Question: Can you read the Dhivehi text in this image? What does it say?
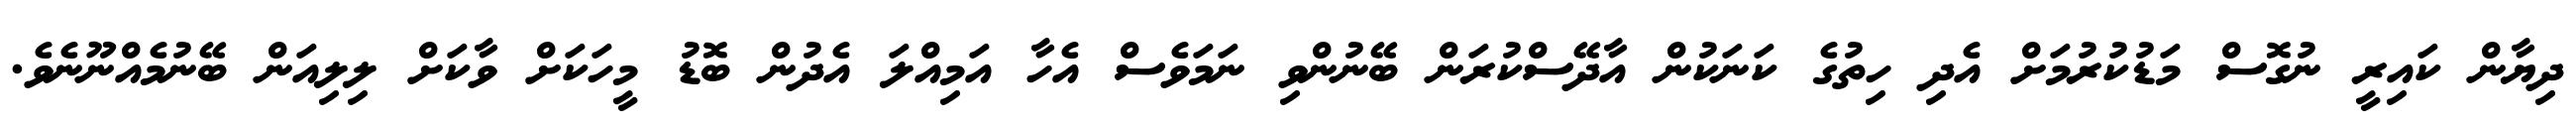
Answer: ދިޔާން ކައިރީ ނުގޮސް މަޑުކުރުމަށް އެދި ހިތުގެ ކަނަކުން އާދޭސްކުރަން ބޭނުންވި ނަމަވެސް އެހާ އަމިއްލަ އެދުން ބޮޑު މީހަކަށް ވާކަށް ލިލިއަން ބޭނުމެއްނޫނެވެ.